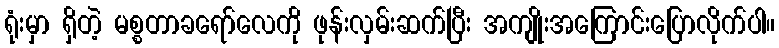
ရုံးမှာ ရှိတဲ့ မစ္စတာခရော်လေကို ဖုန်းလှမ်းဆက်ပြီး အကျိုးအကြောင်းပြောလိုက်ပါ။